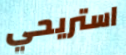
استريحي